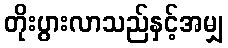
တိုးပွားလာသည်နှင့်အမျှ